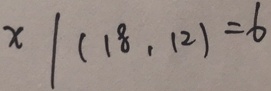
x \vert ( 1 8 . 1 2 ) = 6